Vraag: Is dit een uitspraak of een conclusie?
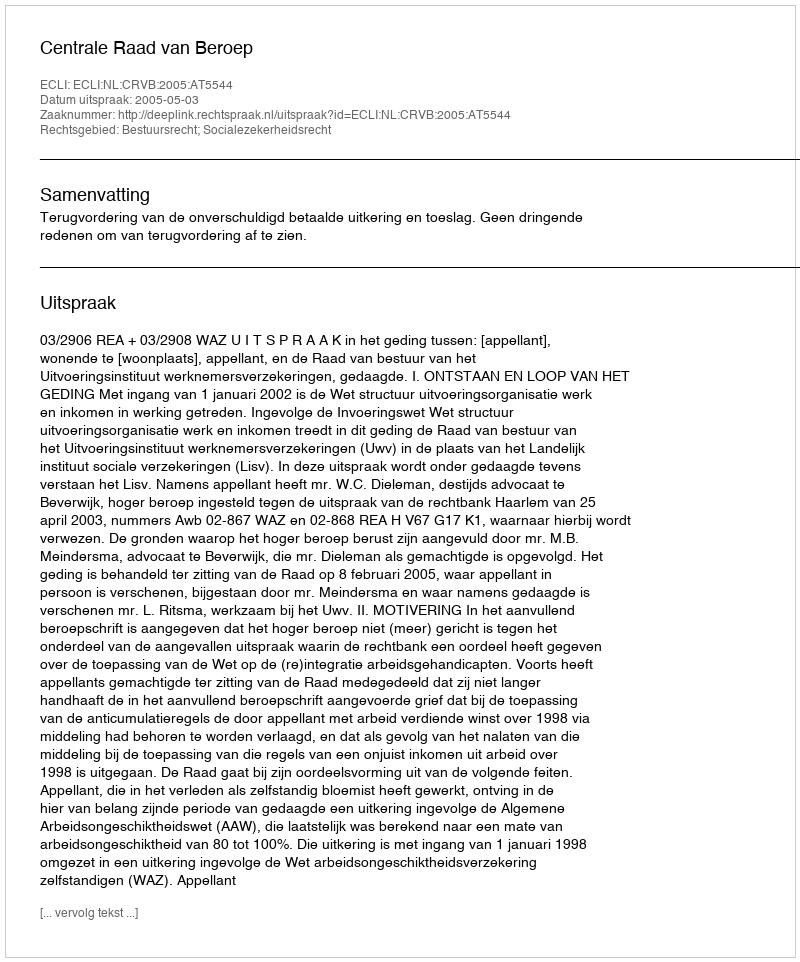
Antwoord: Uitspraak